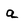
Character: a